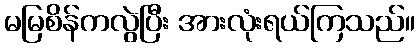
မမြစိန်ကလွဲပြီး အားလုံးရယ်ကြသည်။